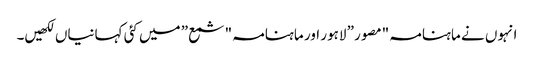
انہوں نے ماہنامہ "مصور” لاہور اور ماہنامہ "شمع” میں کئی کہانیاں لکھیں۔